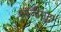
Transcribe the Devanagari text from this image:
आजीसुद्धा